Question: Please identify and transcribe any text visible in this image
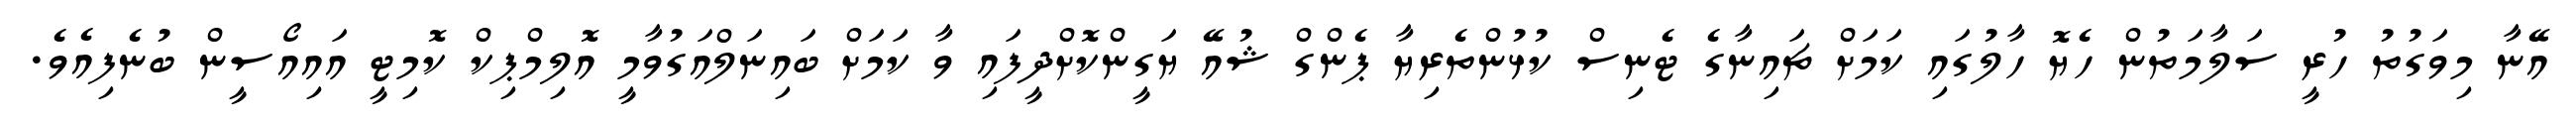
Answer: އޭނާ މިވަގުތު ހުރީ ސަލާމަތުން ހެޔޮ ހާލުގައި ކަމަށް ޗައިނާގެ ޓެނިސް ކުޅުންތެރިޔާ ޕެންގް ޝުއޭ ޔަގީންކޮށްދީފައި ވާ ކަމަށް ބައިނަލްއަގުވާމީ އޮލިމްޕިކް ކޮމިޓީ އައިއޯސީން ބުނެފިއެވެ.